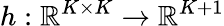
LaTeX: h:\mathbb{R}^{K\times K}\to\mathbb{R}^{K+1}